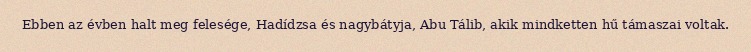
Ebben az évben halt meg felesége, Hadídzsa és nagybátyja, Abu Tálib, akik mindketten hű támaszai voltak.